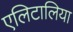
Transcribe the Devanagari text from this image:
एलिटालिया